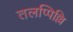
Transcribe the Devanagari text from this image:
तलप्पिल्लि